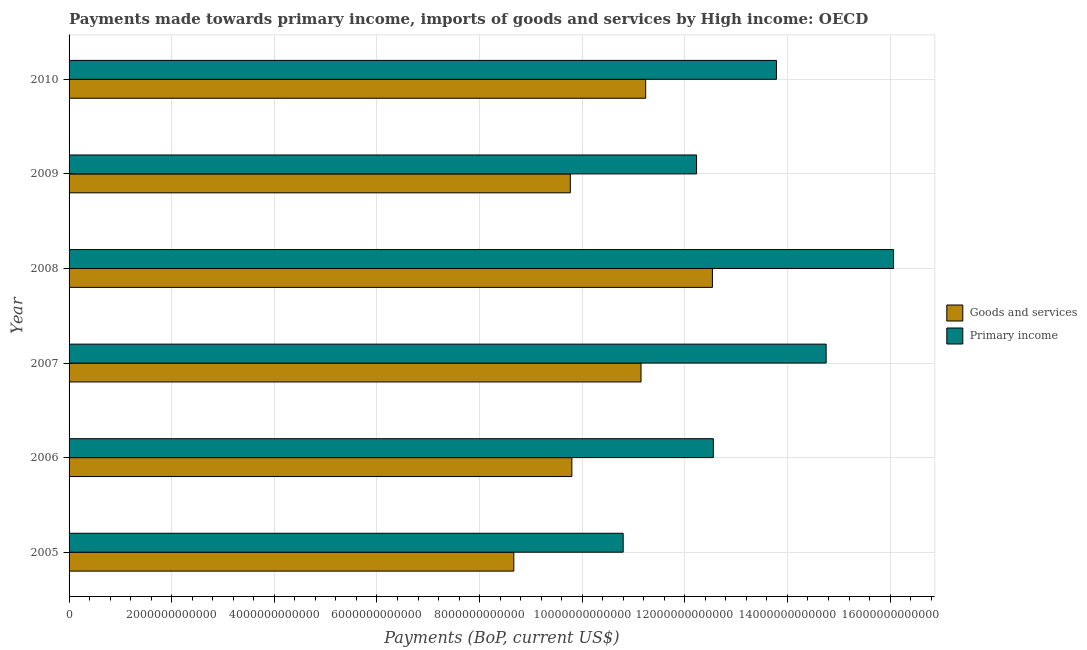
| Year | Goods and services | Primary income |
 | --- | --- | --- |
 | 2005 | 8.67e+12 | 1.08e+13 |
 | 2006 | 9.8e+12 | 1.26e+13 |
 | 2007 | 1.11e+13 | 1.48e+13 |
 | 2008 | 1.25e+13 | 1.61e+13 |
 | 2009 | 9.77e+12 | 1.22e+13 |
 | 2010 | 1.12e+13 | 1.38e+13 |